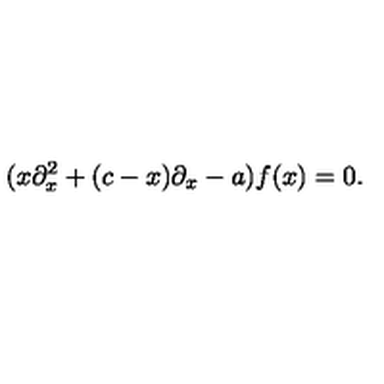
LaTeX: ( x \partial _ { x } ^ { 2 } + ( c - x ) \partial _ { x } - a ) f ( x ) = 0 .